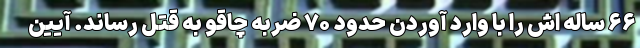
۶۶ ساله اش را با وارد آوردن حدود ۷۰ ضربه چاقو به قتل رساند. آیین